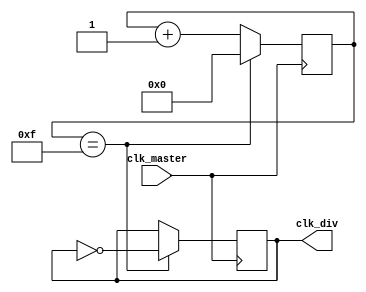
module ripple_counter_clock_divider (
    input wire clk_master,
    output wire clk_div
);

reg [3:0] count;

always @(posedge clk_master) begin
    if(count == 4'b1111) begin
        count <= 4'b0000;
        clk_div <= !clk_div;
    end else begin
        count <= count + 4'b0001;
    end
end

endmodule